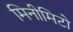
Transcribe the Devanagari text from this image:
मिनीमिटो